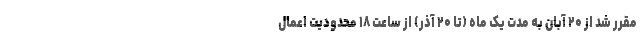
مقرر شد از ۲۰ آبان به مدت یک ماه (تا ۲۰ آذر) از ساعت ۱۸ محدودیت اعمال